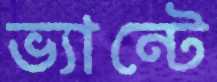
ভ্যান্টে